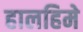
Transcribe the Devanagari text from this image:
हालहिमे